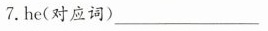
7.he(对应词) ___